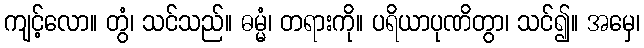
ကျင့်လော။ တွံ၊ သင်သည်။ ဓမ္မံ၊ တရားကို။ ပရိယာပုဏိတွာ၊ သင်၍။ အမှေ၊